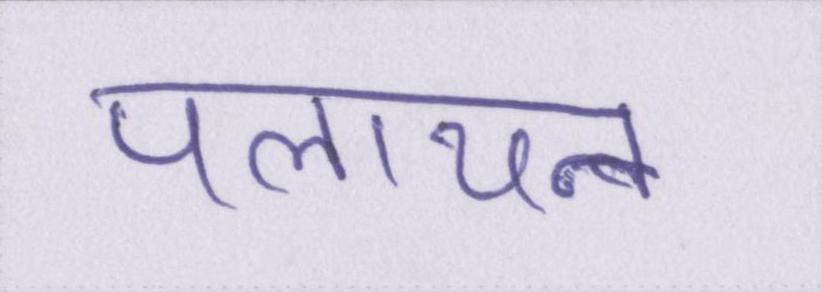
पलायन